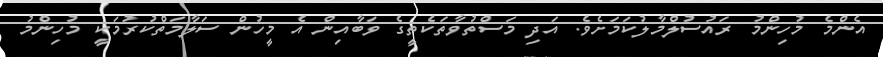
އެންމެ މުހިންމު ރައުސުލްމާލުކަމަށެވެ. އަދި މަސްތުވާތަކެތީގެ ވަބާއިން އެ މީހުން ސަލާމަތްކުރުމަކީ މުހިންމު